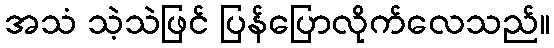
အသံ သဲ့သဲဖြင် ပြန်ပြောလိုက်လေသည်။